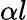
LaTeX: \alpha{l}